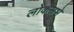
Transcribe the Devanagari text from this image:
लोकसभे